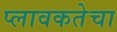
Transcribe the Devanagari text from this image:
प्लावकतेचा